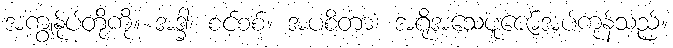
အကျွန်ုပ်တို့ကို။ အဒ္ဓါ၊ စင်စစ်။ အပစိတာ၊ အရိုအသေပူဇော်အပ်ကုန်သည်။